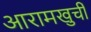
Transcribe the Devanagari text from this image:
आरामखुर्ची